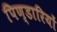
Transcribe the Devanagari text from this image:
पिण्डारियों